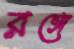
রঙ্গে